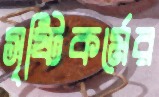
সৃষ্টিকর্মের